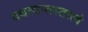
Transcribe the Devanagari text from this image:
दधत्यन्तस्तत्त्वं